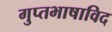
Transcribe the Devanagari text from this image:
गुप्तभाषाविद